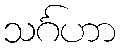
သင်္ဂဟာ